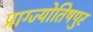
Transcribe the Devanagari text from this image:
प्राग्ज्योतिषपुर